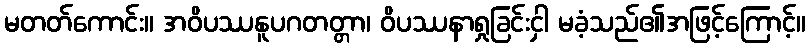
မတတ်ကောင်း။ အဝိပဿနူပဂတတ္တာ၊ ဝိပဿနာရှုခြင်းငှါ မခံ့သည်၏အဖြင့်ကြောင့်။